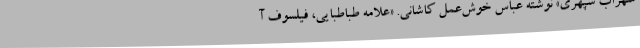
سهراب سپهری» نوشته عباس خوش‌عمل کاشانی. «علامه طباطبایی، فیلسوف آ